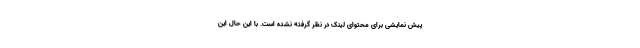
پیش نمایشی برای محتوای لینک در نظر گرفته نشده است. با این حال این